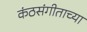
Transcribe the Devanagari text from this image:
कंठसंगीताच्या